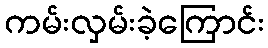
ကမ်းလှမ်းခဲ့ကြောင်း